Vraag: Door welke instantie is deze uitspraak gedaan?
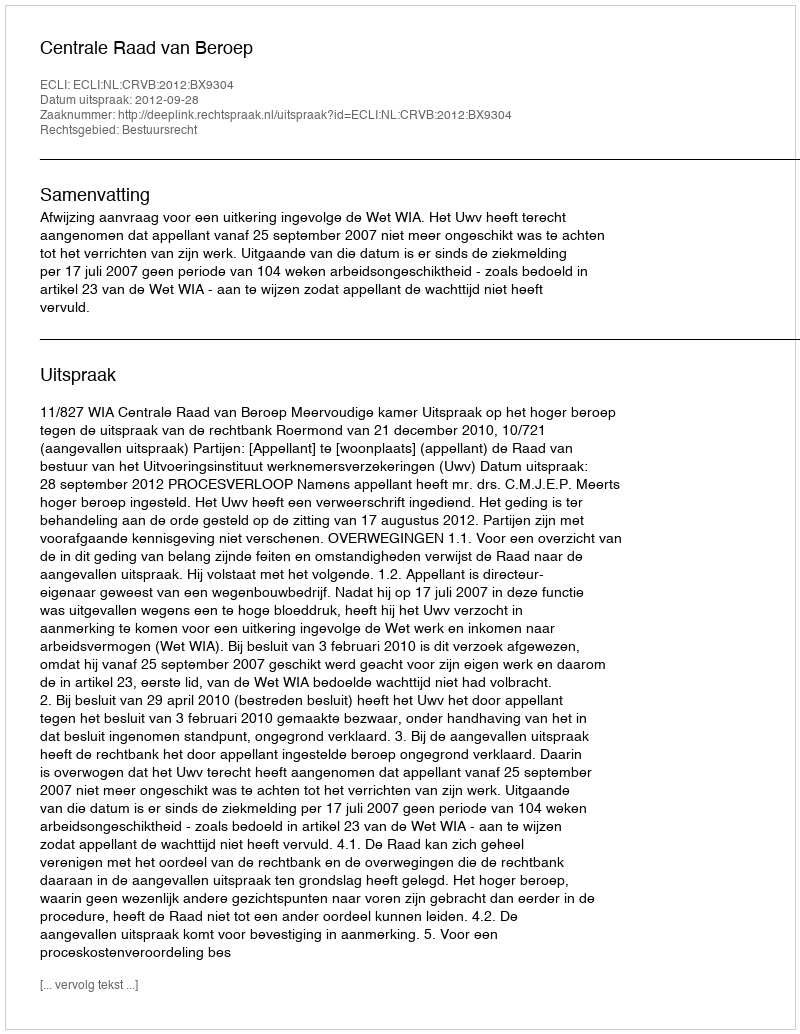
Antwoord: Centrale Raad van Beroep